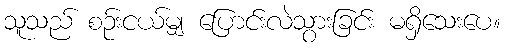
သူသည် စဉ်းငယ်မျှ ပြောင်းလဲသွားခြင်း မရှိသေးပေ။